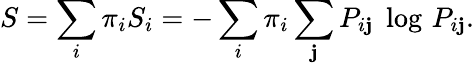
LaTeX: S=\sum_{i}\pi_{i}S_{i}=-\sum_{i}\pi_{i}\sum_{\mathbf{j}}P_{i\mathbf{j}}\; \log\, P_{i\mathbf{j}}.